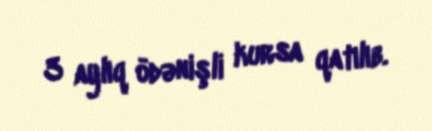
3 aylıq ödənişli kursa qatılıb.